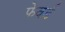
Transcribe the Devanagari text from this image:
फेवर्ड